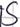
Text: S